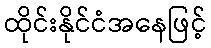
ထိုင်းနိုင်ငံအနေဖြင့်